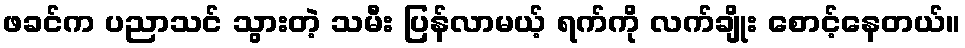
ဖခင်က ပညာသင် သွားတဲ့ သမီး ပြန်လာမယ့် ရက်ကို လက်ချိုး စောင့်နေတယ်။